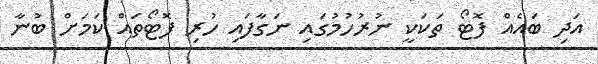
އަދި ބައެއް ފޮޓޯ ތަކަކީ ނުރުހުމުގައި ނަގާފައި ހުރި ފޮޓޯތައް ކަމަށް ބުނާ